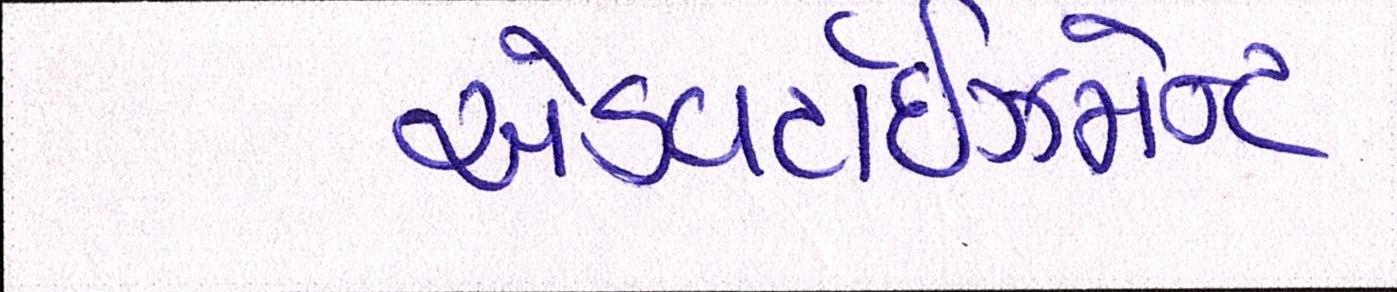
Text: એડવર્ટાઇઝમેન્ટ